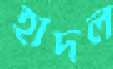
হাদল